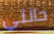
حانتي